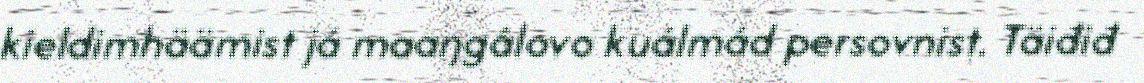
kieldimhäämist já maaŋgâlovo kuálmád persovnist. Täiđiđ